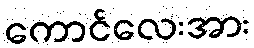
ကောင်လေးအား